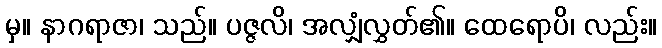
မှ။ နာဂရာဇာ၊ သည်။ ပဇ္ဇလိ၊ အလျှံလွှတ်၏။ ထေရောပိ၊ လည်း။